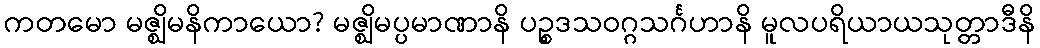
ကတမော မဇ္ဈိမနိကာယော? မဇ္ဈိမပ္ပမာဏာနိ ပဉ္စဒသဝဂ္ဂသင်္ဂဟာနိ မူလပရိယာယသုတ္တာဒီနိ